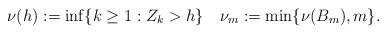
LaTeX: \begin{align*}\nu(h):=\inf \{k\ge1:Z_k>h\}\quad\nu_m:=\min\{\nu(B_m),m\}.\end{align*}